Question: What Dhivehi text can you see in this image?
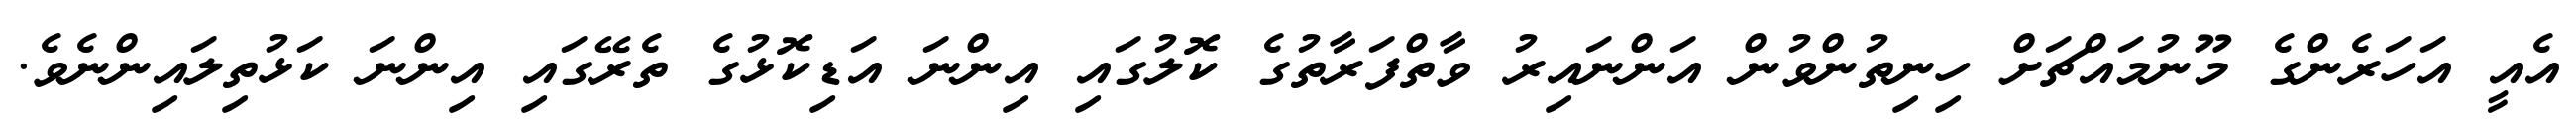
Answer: އެއީ އަހަރެންގެ މޫނުމައްޗަށް ހިނިތުންވުން އަންނައިރު ވާތްފަރާތުގެ ކޮލުގައި އިންނަ އަޑިކޮޅުގެ ތެރޭގައި އިންނަ ކަޅުތިލައިންނެވެ.